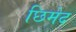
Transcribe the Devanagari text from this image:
छिमेद